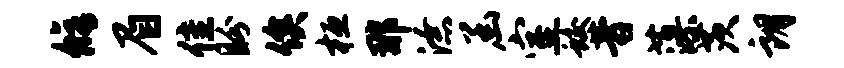
修眉隹盼俟桓那潦函室蛟昔藻茨朗